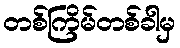
တစ်ကြိမ်တစ်ခါမှ